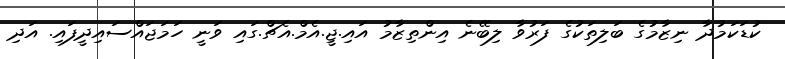
ކުޑަކަމުދާ ނިޒާމުގެ ބަލިތަކުގެ ފަރުވާ ލިބޭނެ އިންތިޒާމު އައި.ޖީ.އެމް.އެޗް.ގައި ވަނީ ހަމަޖައްސައިދީފައި. އަދި